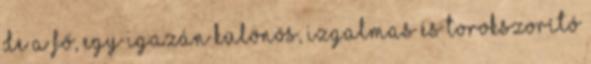
de a fő, egy igazán különös, izgalmas és torokszorító